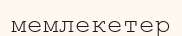
мемлекетер